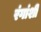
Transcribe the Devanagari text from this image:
रंगांशी